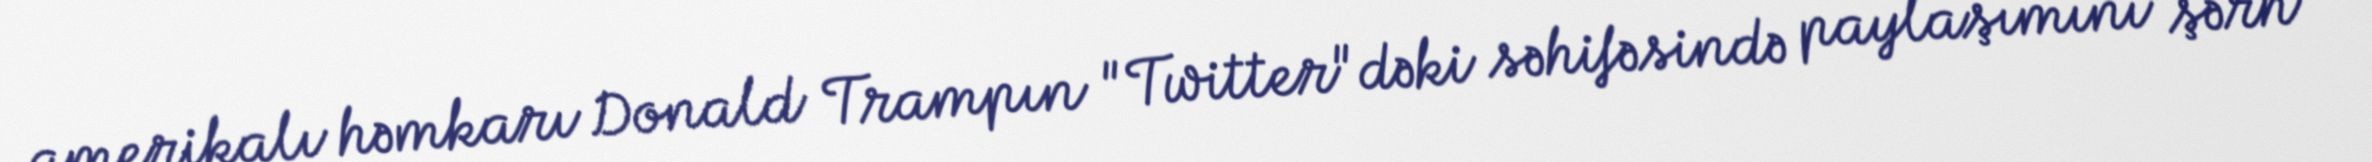
amerikalı həmkarı Donald Trampın "Twitter"dəki səhifəsində paylaşımını şərh